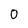
Character: o